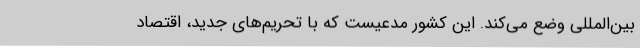
بین‌المللی وضع می‌کند. این کشور مدعیست که با تحریم‌های جدید، اقتصاد